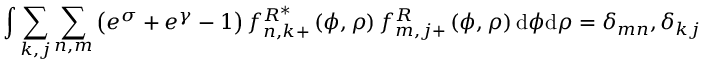
\int \sum _ { k , j } \sum _ { n , m } \left( e ^ { \sigma } + e ^ { \gamma } - 1 \right) f _ { n , k + } ^ { R ^ { \ast } } \left( \phi , \rho \right) f _ { m , j + } ^ { R } \left( \phi , \rho \right) \mathrm { d } \phi \mathrm { d } \rho = \delta _ { m n } , \delta _ { k j }